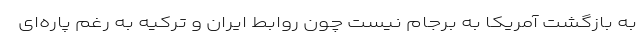
به بازگشت آمریکا به برجام نیست چون روابط ایران و ترکیه به رغم پاره‌ای